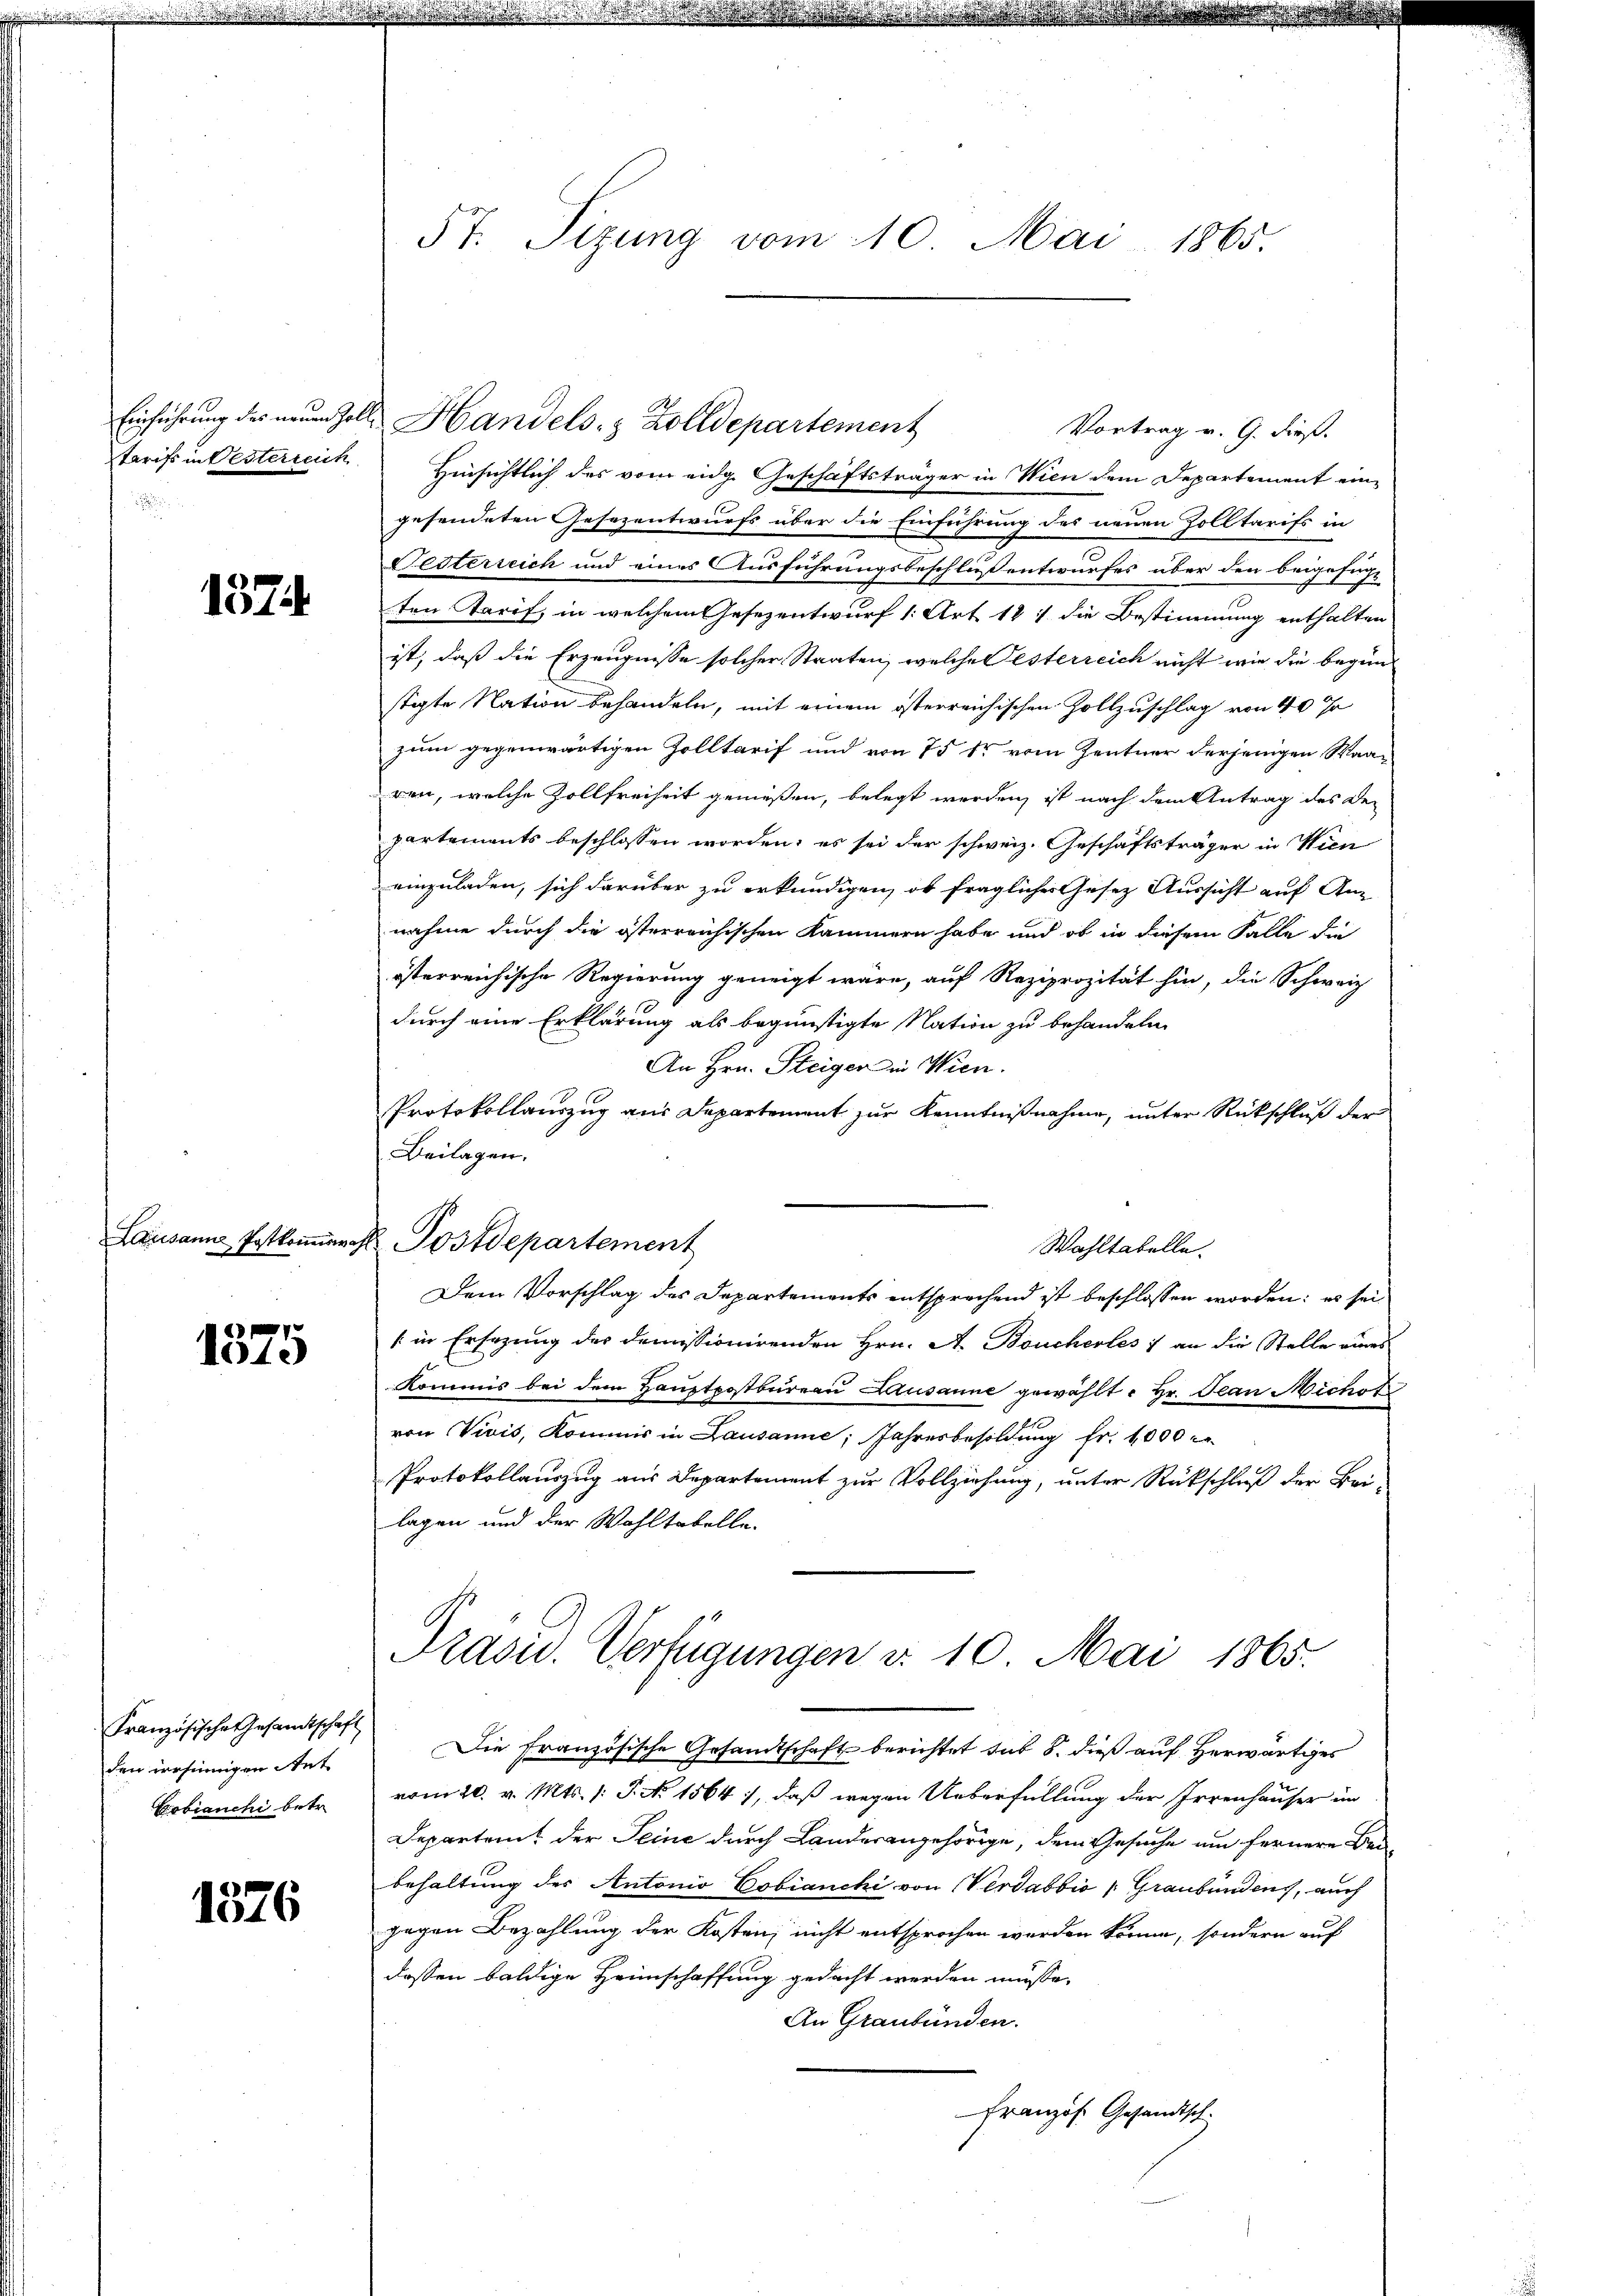
e

137.

1575

Französische Gesandtschaft
den versinnigen Ant
Cobianchi betr.

1576

5t. Sizung vom 10. Mai 1865.

Vortrag v. G. dieß.
tarifs in Besterreich. Hinsichtlich des vom eidg. Geschäftsträger in Wien dem Departement eingesendeten Gesezentwurfs über die Einführung des neuen Zolltarifs in
Festerreich und eines Ausführungsbeschluß entwurfes über den beigefügt
ten Tarif, in welchem Gesezentwurf 1. Art. 187 die Bestimmung enthalten
ist, daß die Erzeugnisse solcher Staaten, welche Festerreich nicht wie die begin
stigte Nation behandeln, mit einem österreichischen Zollzuschlag von 40 %
zum gegenwärtigen Zolltarif und von 75 kr vom Zentner derjenigen Waaren, welche Zollfreiheit genießen, belegt werden, ist nach dem Antrag des De-
partements beschlossen worden; es sei der schweiz. Geschäftsträger in Wien
einzuladen, sich darüber zu erkundigen, ob fraglicher Gesetz Aussicht auf Annahme durch die österreichischen Kammern habe und ob in diesem Falle die
österreichische Regierung geneigt wäre, auf Reziprozität hin, die Schweiz
durch eine Erklärung als begünstigte Nation zu behandeln
An Hrn. Steiger in Wien.
Protokollauszug aus Departement zur Kenntnißnahme, unter Rückschluß der
Beilagen.
Wahltatelle.
Dem Vorschlag des Departements entsprechend ist beschlossen worden: es sei
[in Ersatzung des domissionirenden Hrn. A. Boucherles) an die Stelle eines
Kommis bei dem Hauptpostbureau Lausanne gewählt: Hr. Jean Michot
von Vivis, Kommis in Lausanne, Jahresbesoldŭng fr. 1000
Protokollauszug aus Departement zur Vollziehung, unter Rückschluß der Bei-
lagen und der Wahltabelle.
Prasis. Verfügungen d. 10. Mai 1865.
Die Französische Gesandtschaft berichtet sub 8. dieß auf Herwärtiges
vom 20. v. Mts. /: P. No. 1564, daß wegen Ueberfüllung der Irrenhauser im
Departein, der Seine durch Landerangehörige, dem Gesuche um fernere Bebehaltung des Antonio Cobianchi von Verdabbio Graubünden, auch
gegen Bezahlung der Kosten, nicht entsprochen werden könne, sondern auf
dessen baldige Heimschaffung gedacht werden müsse,
An Graubünden.
Französ. Gesandtsch

Einführung des neuen Zolle Handels- & Zolldepartement

Lausanna Postkomisch Postdepartement